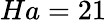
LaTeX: Ha=21